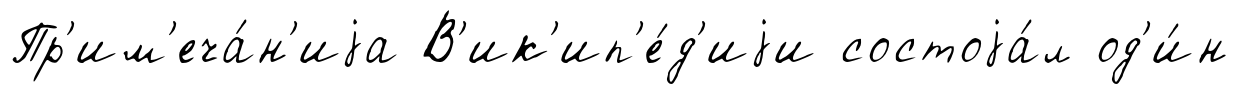
Пр'им'еча́н'иjа В'ик'ип'е́д'иjи состоjа́л од'и́н